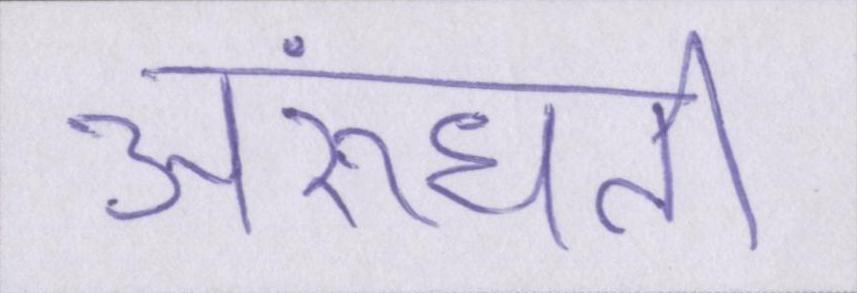
अरुंधती